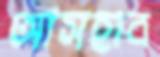
আসহাব